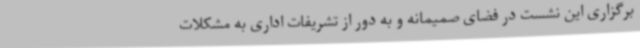
برگزاری این نشست در فضای صمیمانه و به دور از تشریفات اداری به مشکلات